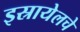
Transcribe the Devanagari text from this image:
इस्रायेलचे